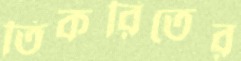
তিকরিতের